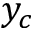
y _ { c }